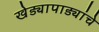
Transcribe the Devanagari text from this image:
खेड्यापाड्यांचे